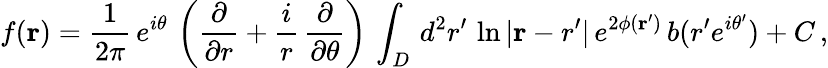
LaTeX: f({\mathbf r})=\frac{1}{2\pi}\, e^{i\theta}\, \left(\frac{\partial}{\partial r}+\frac{i}{r}\, \frac{\partial}{\partial\theta}\right)\, \int_{D}\, d^{2}r^{\prime}\, \ln{|{\mathbf r-r^{\prime}}|}\, e^{2\phi({\mathbf r^{\prime}})}\, b(r^{\prime}e^{i\theta^{\prime}})+C\, ,